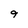
Character: 9